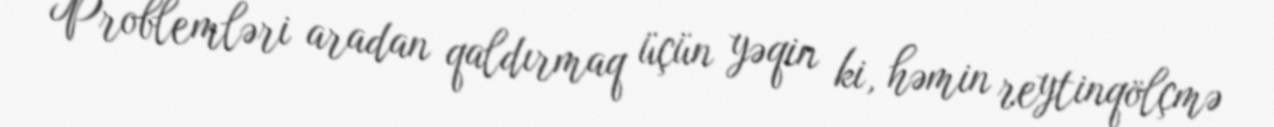
Problemləri aradan qaldırmaq üçün yəqin ki, həmin reytinqölçmə